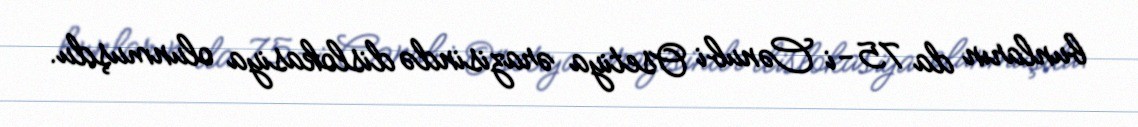
bunların da 75-i Cənubi Osetiya ərazisində dislokasiya olunmuşdu.